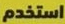
استخدم